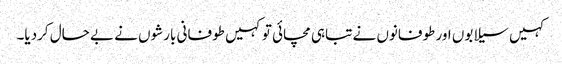
کہیں سیلابوں اور طوفانوں نے تباہی مچائی تو کہیں طوفانی بارشوں نے بے حال کردیا۔